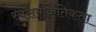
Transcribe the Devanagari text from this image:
स्वसमक्रितिकता